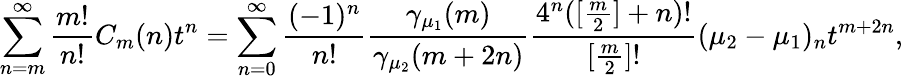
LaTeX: \sum_{n=m}^{\infty}\frac{m!}{n!}C_{m}(n)t^{n}=\sum_{n=0}^{\infty}{\frac{(-1)^{n}}{n!}}{\frac{\gamma_{\mu_{1}}(m)}{\gamma_{\mu_{2}}(m+2n)}}{\frac{4^{n}([\frac{m}{2}]+n)!}{[\frac{m}{2}]!}}(\mu_{2}-\mu_{1})_{n}t^{m+2n},